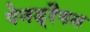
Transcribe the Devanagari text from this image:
पेनड्रैगन